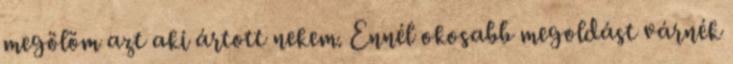
megölöm azt aki ártott nekem. Ennél okosabb megoldást várnék